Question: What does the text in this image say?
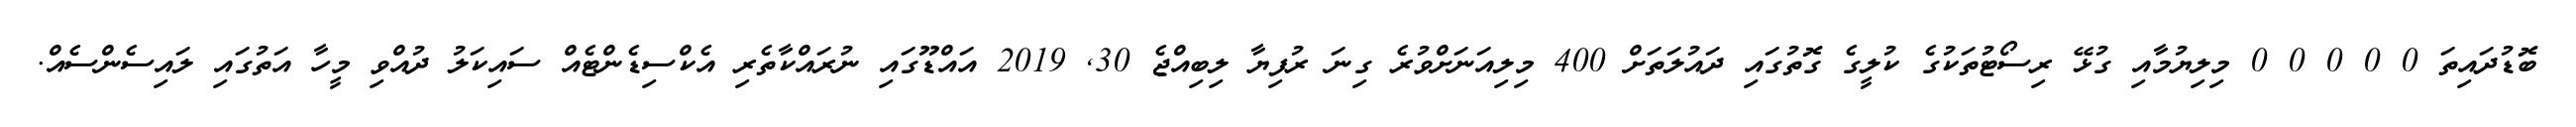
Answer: ބޮޑުދައިތަ 0 0 0 0 0 މިލިޔުމާއި ގުޅޭ ރިސޯޓުތަކުގެ ކުލީގެ ގޮތުގައި ދައުލަތަށް 400 މިލިއަނަށްވުރެ ގިނަ ރުފިޔާ ލިބިއްޖެ 30, 2019 އައްޑޫގައި ނުރައްކާތެރި އެކްސިޑެންޓެއް ސައިކަލު ދުއްވި މީހާ އަތުގައި ލައިސެންސެއް.